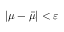
| \mu - \bar { \mu } | < \varepsilon